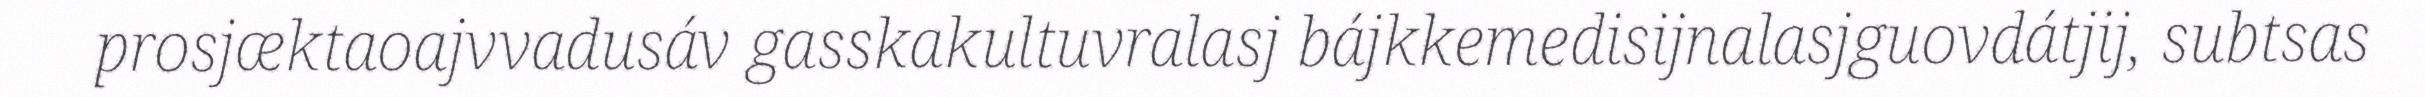
prosjæktaoajvvadusáv gasskakultuvralasj bájkkemedisijnalasjguovdátjij, subtsas